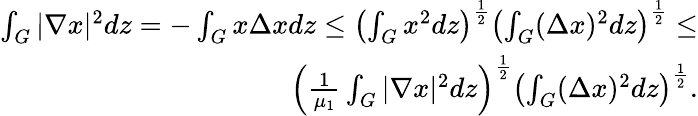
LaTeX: \begin{array}{r}{\int_{G}{|\nabla x|^{2}}dz=-\int_{G}{x\Delta x}dz\leq\left(\int_{G}{x}^{2}dz\right)^{\frac{1}{2}}\left(\int_{G}(\Delta x)^{2}dz\right)^{\frac{1}{2}}\leq}\\ {\left(\frac{1}{\mu_{1}}\int_{G}|{\nabla x}|^{2}dz\right)^{\frac{1}{2}}\left(\int_{G}(\Delta x)^{2}dz\right)^{\frac{1}{2}}.}\end{array}